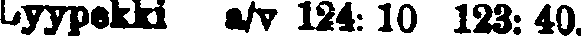
Lyypekki a/v 124: 10 123: 40.